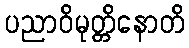
ပညာဝိမုတ္တိနောတိ